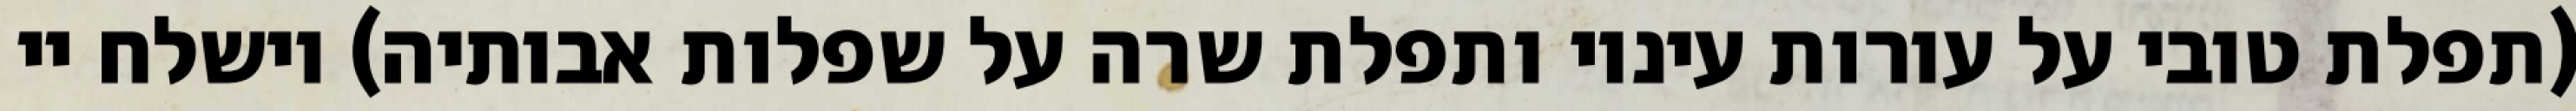
(תפלת טובי על עורות עיניו ותפלת שרה על שפלות אבותיה) וישלח יי